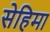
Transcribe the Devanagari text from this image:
सेहिमा